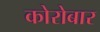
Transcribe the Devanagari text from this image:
कोरोबार